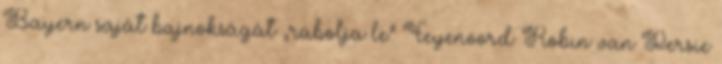
Bayern saját bajnokságát „rabolja le” Feyenoord: Robin van Persie